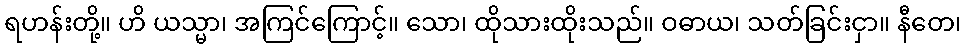
ရဟန်းတို့။ ဟိ ယသ္မာ၊ အကြင်ကြောင့်။ သော၊ ထိုသားထိုးသည်။ ဝဓာယ၊ သတ်ခြင်းငှာ။ နီတေ၊